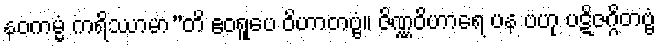
နဝကမ္မံ ကရိဿာမာ”တိ ဧဝရူပေ ဝိဟာတဗ္ဗံ။ ဇိဏ္ဏဝိဟာရေ ပန ဗဟု ပဋိဇဂ္ဂိတဗ္ဗံ